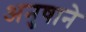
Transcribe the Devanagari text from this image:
अनुषाने